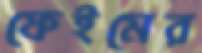
ফেইমের